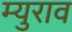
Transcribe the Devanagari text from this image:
म्युराव